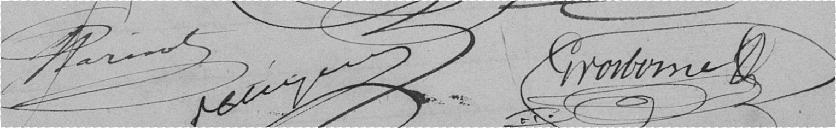
PARISOT        ???????     GROSBONEL ????